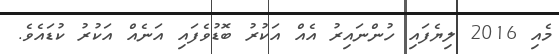
މެއި 2016 ލިޔެފައި ހުންނައިރު އެއް އަކުރު ބޮޑުވެފައި އަނެއް އަކުރު ކުޑައެވެ.